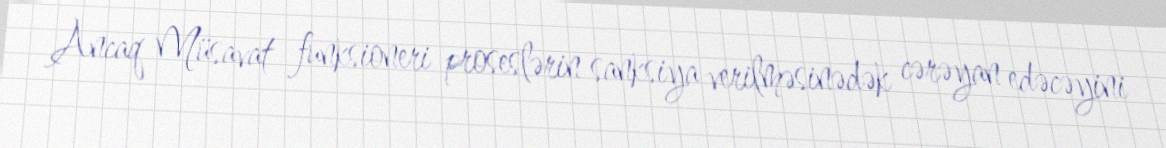
Ancaq Müsavat funksioneri proseslərin sanksiya verilməsinədək cərəyan edəcəyini